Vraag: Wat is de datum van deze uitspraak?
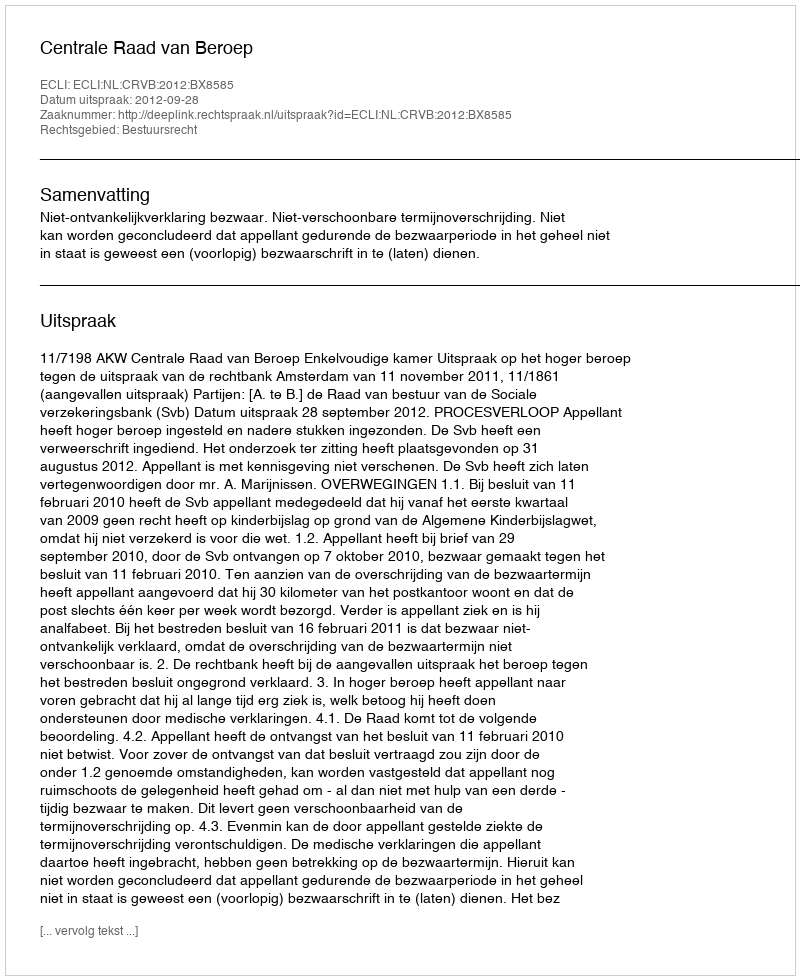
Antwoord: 2012-09-28